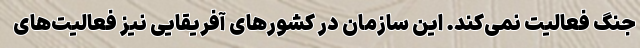
جنگ فعالیت نمی‌کند. این سازمان در کشورهای آفریقایی نیز فعالیت‌های